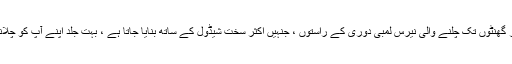
خاص طور پر ، بڑی شاہراہوں پر گھنٹوں اور گھنٹوں تک چلنے والی نیرس لمبی دوری کے راستوں ، جنہیں اکثر سخت شیڈول کے ساتھ بنایا جاتا ہے ، بہت جلد اپنے آپ کو چلانے والے ٹرک کے ذریعہ آسان بنا سکتے ہیں۔